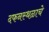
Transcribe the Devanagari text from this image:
दफनस्थळाचे